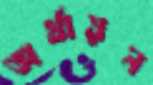
অর্থায়ন